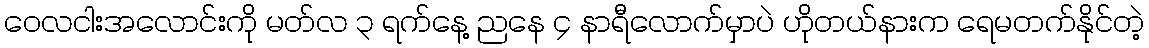
ဝေလငါးအလောင်းကို မတ်လ ၃ ရက်နေ့ ညနေ ၄ နာရီလောက်မှာပဲ ဟိုတယ်နားက ရေမတက်နိုင်တဲ့